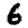
Digit: 6